Report of veterinary surgeon J.H. Steel, A.V.D., on his investigation into an obscure and fatal disease among transport mules in British Burma
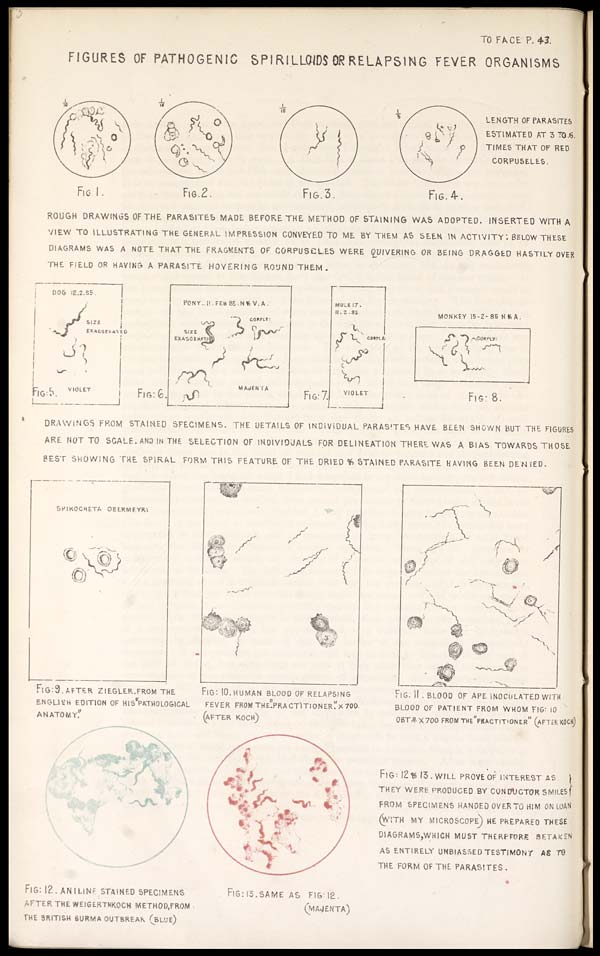
TO FACE P. 43.
FIGURES OF PATHOGENIC SPIRILLOIDS OR RELAPSING FEVER ORGANISMS
LENGTH OF PARASITES
ESTIMATED AT 3 TO 6.
TIMES THAT OF RED
CORPUSELES.
ROUGH DRAWINGS OF THE PARASITES MADE BEFORE THE METHOD OF STAINING WAS ADOPTED. INSERTED WITH A
VIEW TO ILLUSTRATING THE GENERAL IMPRESSION CONVEYED TO ME BY THEM AS SEEN IN ACTIVITY: BELOW THESE
DIAGRAMS WAS A NOTE THAT THE FRAGMENTS OF CORPUSCLES WERE QUIVERING OR BEING DRAGGED HASTILY OVER
THE FIELD OR HAVING A PARASITE HOVERING ROUND THEM.
DRAWINGS FROM STAINED SFECIMENS. THE DETAILS OF INDIVIDUAL PARASITES HAVE BEEN SHOWN BUT THE FIGURES
ARE NOT TO SCALF AND IN THE SELECTION OF INDIVIDUALS FOR DELINEATION THERE WAS A BIAS TOWARDS THOSE
BEST GROWING THE SPIRAL FORM THIS FEATURE OF THE DRIED & STAINED PARASITE HAVING BEEN DENIED.
FIG: 9. AFTFR ZIEGLEP FROM THE
ENGLISH EDITION OF HIS "PATHOLOGICAL
ANATOMY."
FIG: 10. HUMAN BLOOD OF RELAPSING
FEVER FROM THE "PRACTITIONER." × 700.
(AFTER KOCH)
FIG. 11 . BLOOD OF APE INOCULATED WITH
BLOOD OF PATIENT FROM WHOM FIG: 10
OBT × 700 FROM THE "PRACTITIONER" (AFTER KOCH)
FIG: 12 & 13. WILL PROVE OF INTEREST AS
THEY WERE PRODUCED BY CONDUCTOR SMILES
FROM SPECIMENS HANDED OVER TO HIM ON LOA
(WITH MY MICROSCOPE) HE PREPARED THESE
DIAGRAMS,WHICH MUST THEREFORE SETAKEN
AS ENTIRELY UNBIASSED TESTIMONT AS TO
THE FORM OF THE PARASITES.
FIG: 12 . ANIMAL STAINED SPECIMENS
REF THE WEIGHTHKOCK METHOD, FROM
THE BRITISH SURYA OUTBREAK (BLUE)
FIG: 13. SAME AS FIG: 12.
(MAUENTA)